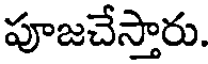
పూజచేస్తారు.